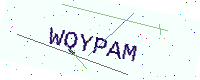
Text: WQYPAM